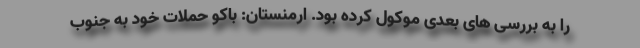
را به بررسی های بعدی موکول کرده بود. ارمنستان: باکو حملات خود به جنوب